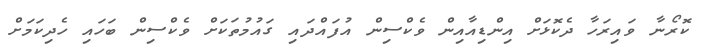
ކޮރޯނާ ވައިރަހާ ދެކޮޅަށް އިންޑިއާއިން ވެކްސިން އުފައްދައި ގައުމުތަކަށް ވެކްސިން ބަހައި ހެދިކަމަށް